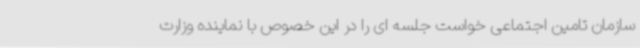
سازمان تامین اجتماعی خواست جلسه ای را در این خصوص با نماینده وزارت